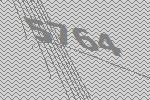
5764